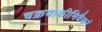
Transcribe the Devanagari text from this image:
चक्रवाकीमिवैकां